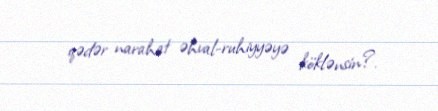
qədər narahat əhval-ruhiyyəyə köklənsin?.